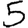
Digit: 5